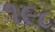
૧૯૮